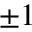
\pm 1